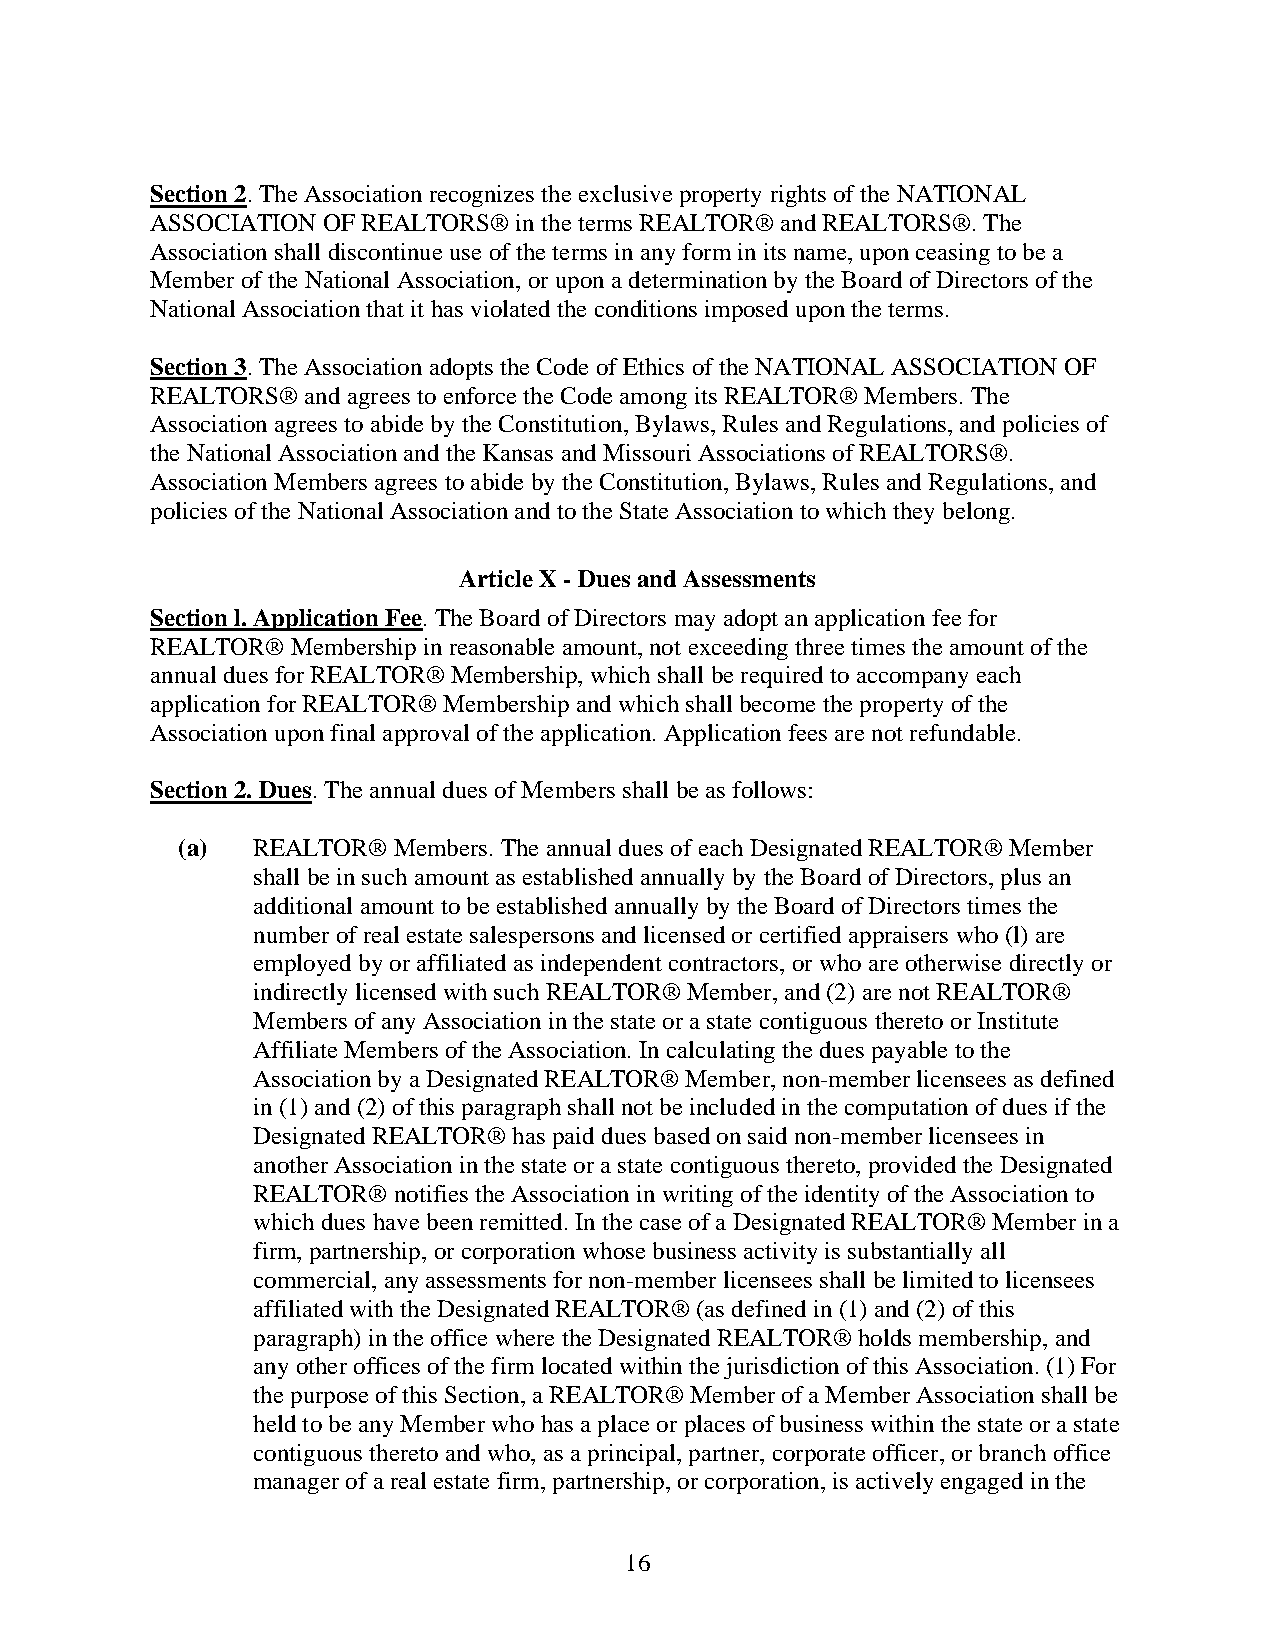
Section 2. The Association recognizes the exclusive property rights of the NATIONAL
 ASSOCIATION OF REALTORS® in the terms REALTOR® and REALTORS®. The
 Association shall discontinue use of the terms in any form in its name, upon ceasing to be a
 Member of the National Association, or upon a determination by the Board of Directors of the
 National Association that it has violated the conditions imposed upon the terms.
 Section 3. The Association adopts the Code of Ethics of the NATIONAL ASSOCIATION OF
 REALTORS® and agrees to enforce the Code among its REALTOR® Members. The
 Association agrees to abide by the Constitution, Bylaws, Rules and Regulations, and policies of
 the National Association and the Kansas and Missouri Associations of REALTORS®.
 Association Members agrees to abide by the Constitution, Bylaws, Rules and Regulations, and
 policies of the National Association and to the State Association to which they belong.
 Article X - Dues and Assessments
 Section l. Application Fee. The Board of Directors may adopt an application fee for
 REALTOR® Membership in reasonable amount, not exceeding three times the amount of the
 annual dues for REALTOR® Membership, which shall be required to accompany each
 application for REALTOR® Membership and which shall become the property of the
 Association upon final approval of the application. Application fees are not refundable.
 Section 2. Dues. The annual dues of Members shall be as follows:
 (a)  REALTOR® Members. The annual dues of each Designated REALTOR® Member
 shall be in such amount as established annually by the Board of Directors, plus an
 additional amount to be established annually by the Board of Directors times the
 number of real estate salespersons and licensed or certified appraisers who (l) are
 employed by or affiliated as independent contractors, or who are otherwise directly or
 indirectly licensed with such REALTOR® Member, and (2) are not REALTOR®
 Members of any Association in the state or a state contiguous thereto or Institute
 Affiliate Members of the Association. In calculating the dues payable to the
 Association by a Designated REALTOR® Member, non-member licensees as defined
 in (1) and (2) of this paragraph shall not be included in the computation of dues if the
 Designated REALTOR® has paid dues based on said non-member licensees in
 another Association in the state or a state contiguous thereto, provided the Designated
 REALTOR® notifies the Association in writing of the identity of the Association to
 which dues have been remitted. In the case of a Designated REALTOR® Member in a
 firm, partnership, or corporation whose business activity is substantially all
 commercial, any assessments for non-member licensees shall be limited to licensees
 affiliated with the Designated REALTOR® (as defined in (1) and (2) of this
 paragraph) in the office where the Designated REALTOR® holds membership, and
 any other offices of the firm located within the jurisdiction of this Association. (1) For
 the purpose of this Section, a REALTOR® Member of a Member Association shall be
 held to be any Member who has a place or places of business within the state or a state
 contiguous thereto and who, as a principal, partner, corporate officer, or branch office
 manager of a real estate firm, partnership, or corporation, is actively engaged in the
 16